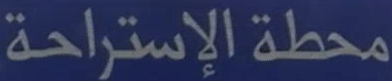
محطة الإستراحة